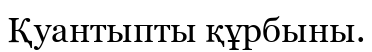
Қуантыпты құрбыны.